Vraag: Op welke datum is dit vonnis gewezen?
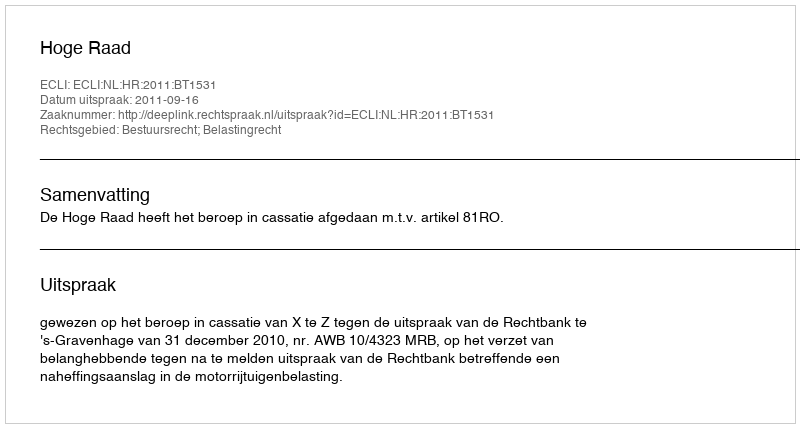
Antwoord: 2011-09-16